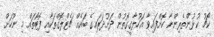
ކޯޗު ކުޅުންތެރިންނާ ކޮށްފައިވާ އަހުލާގީގޮތުން ދަށުދަރައިގެ ބައެއް ޗެޓްލޮގްތަކާއި ފޮޓޯތައް މި ނޫހަށް